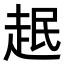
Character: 𧻎